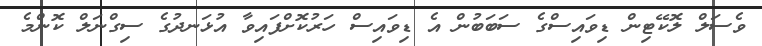
ވެސަލް ލޮކޭޓިން ޑިވައިސްގެ ސަބަބުން އެ ޑިވައިސް ހަރުކޮށްފައިވާ އުޅަނދުގެ ސިގްނަލް ކޮންމެ